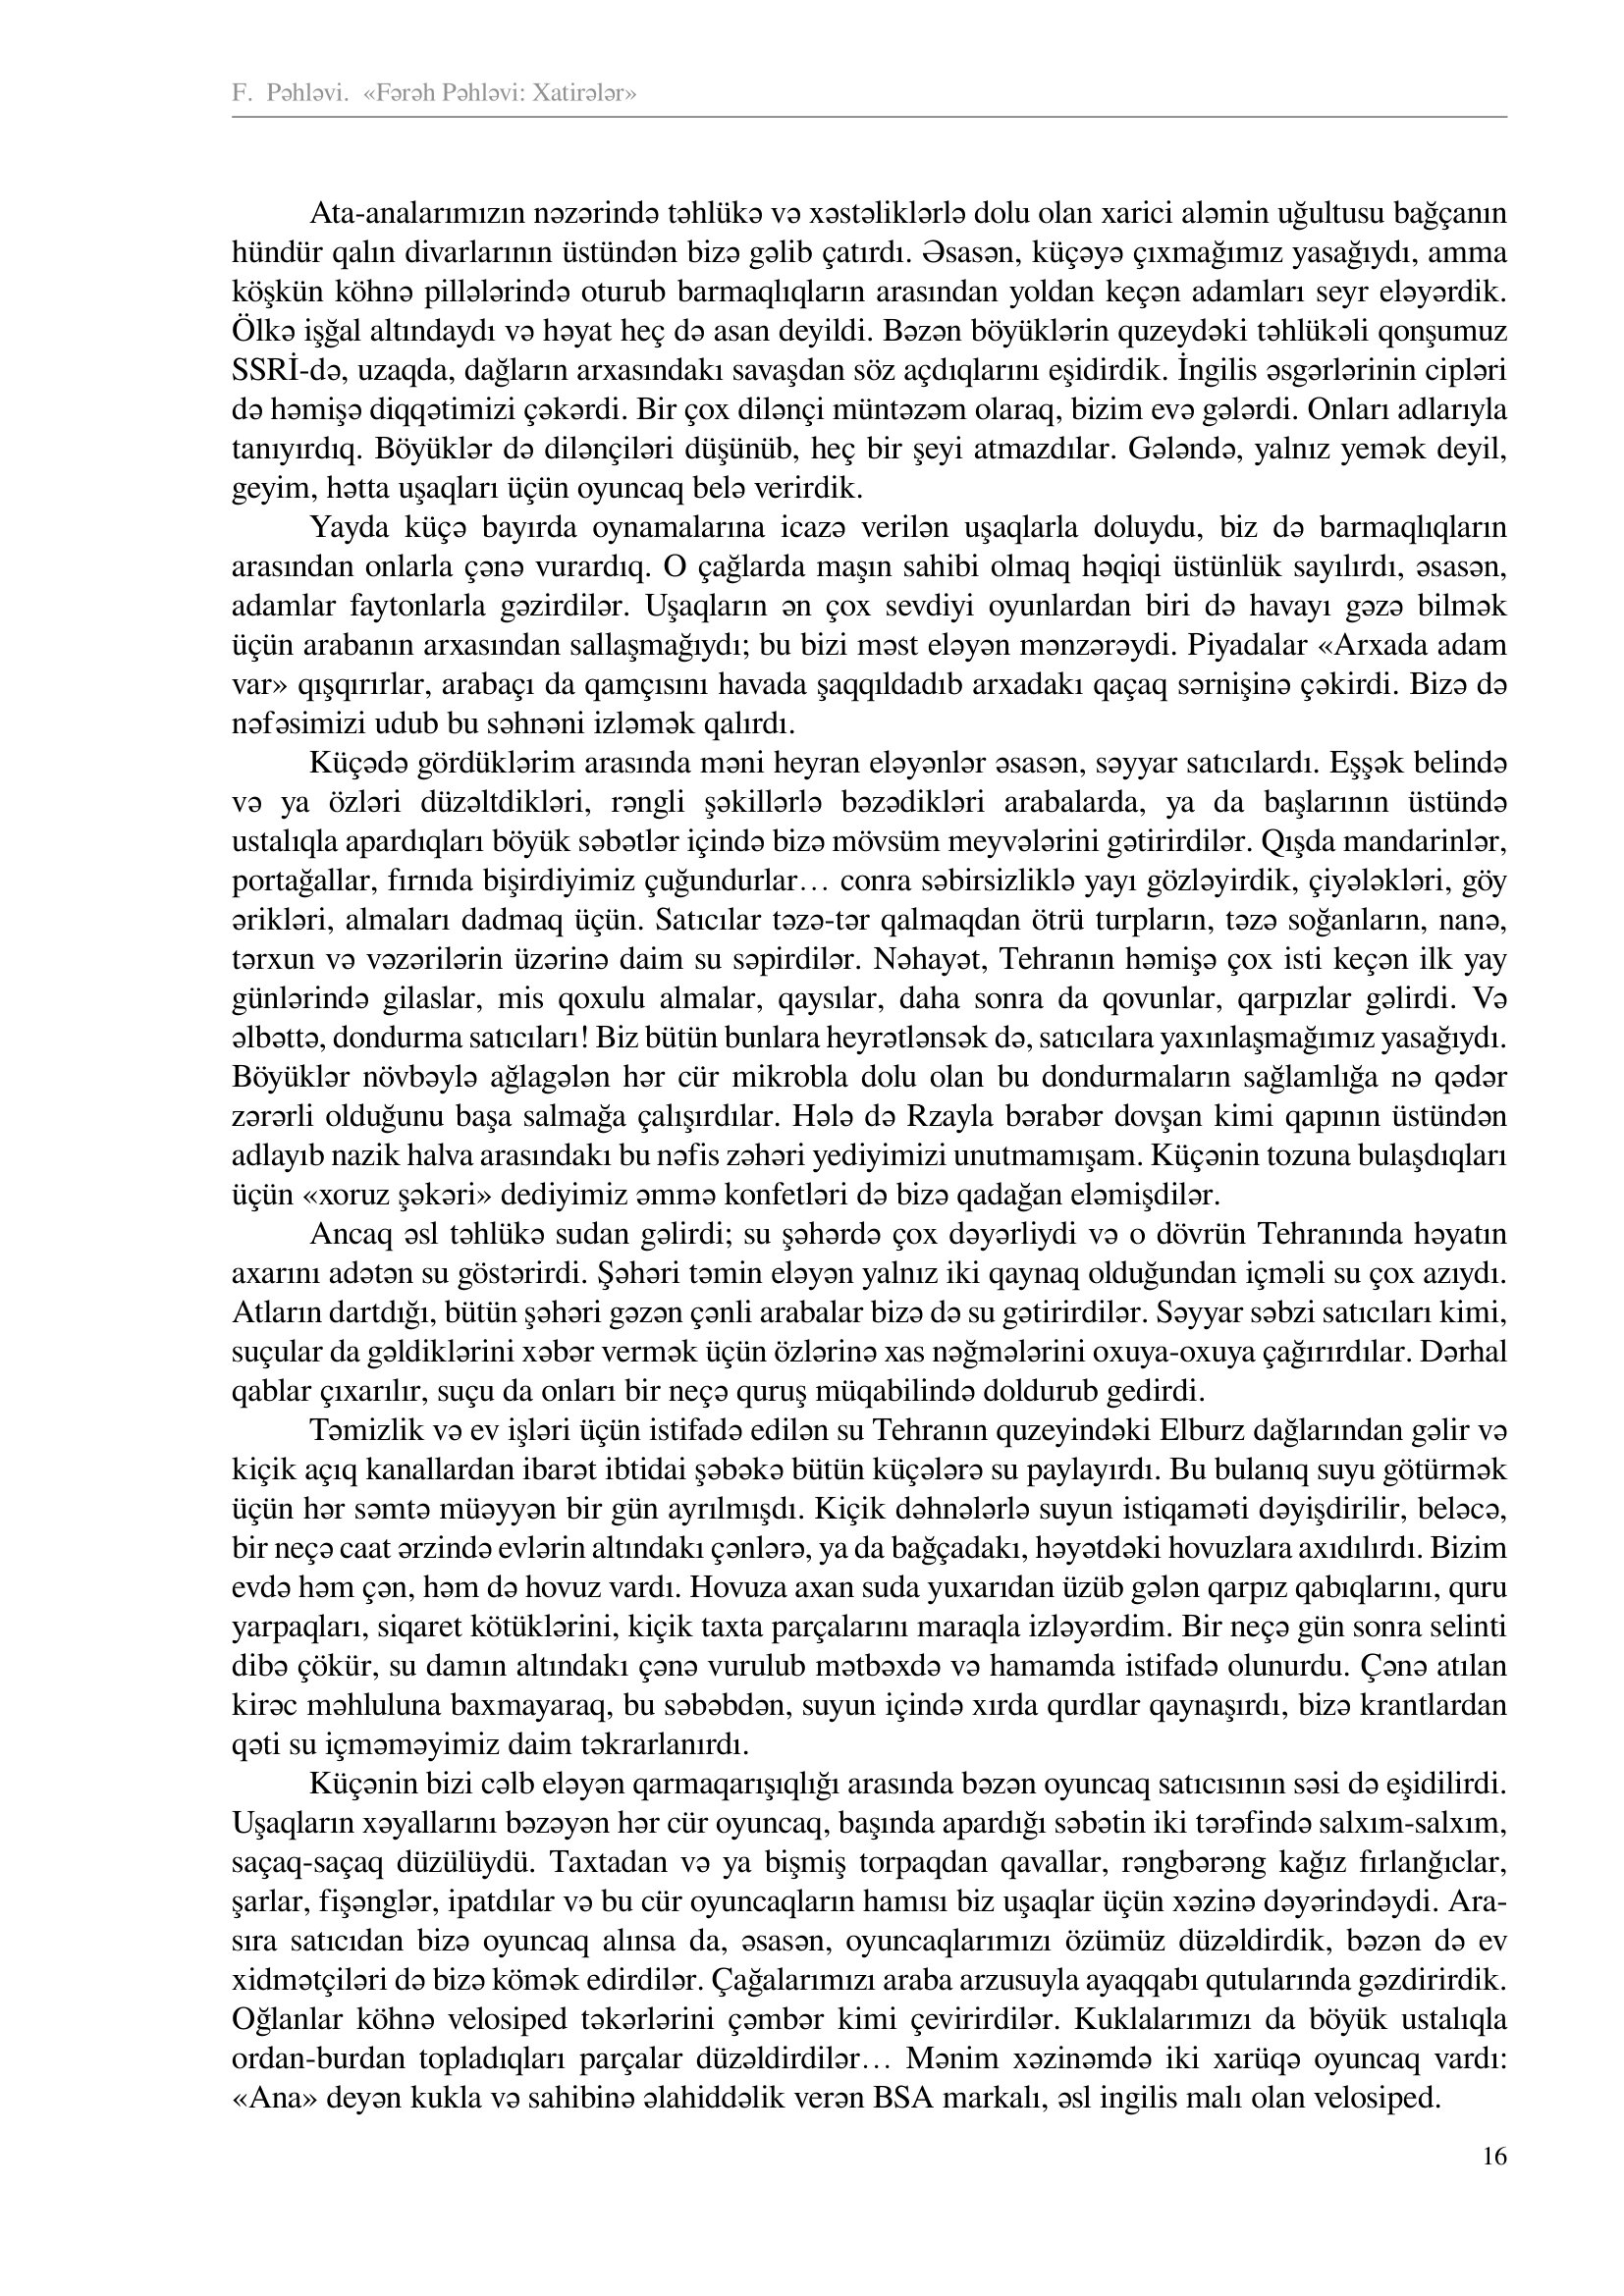
Language: az